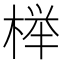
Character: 榉